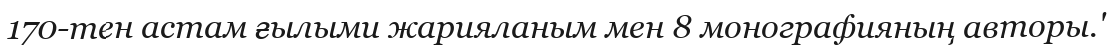
170-тен астам ғылыми жарияланым мен 8 монографияның авторы.'